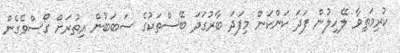
ކުރިމަތިވާ ލޭހިލުން ފަދަ ކަންކަން މިފަދަ ބާރުގަދަ ބޭސްތަކުގެ ސަބަބުން އިތުރަށް ގޯސްވެގެން